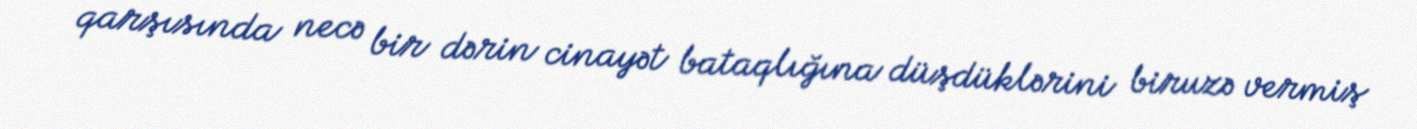
qarşısında necə bir dərin cinayət bataqlığına düşdüklərini biruzə vermiş